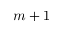
m + 1